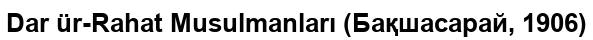
Dar ür-Rahat Musulmanları (Бақшасарай, 1906)